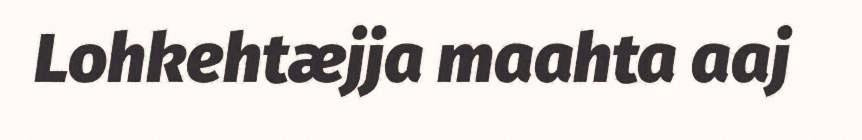
Lohkehtæjja maahta aaj